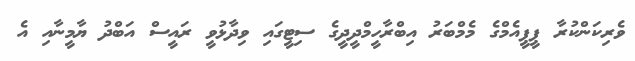
ވެރިކަންކުރާ ޕީޕީއެމްގެ މެމްބަރު އިބްރާހީމްދީދީގެ ސިޓީގައި ވިދާޅުވީ ރައީސް އަބްދު ޔާމީނާއި އެ